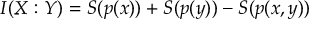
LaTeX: I ( X : Y ) = S ( p ( x ) ) + S ( p ( y ) ) - S ( p ( x , y ) )